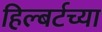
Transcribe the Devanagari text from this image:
हिल्बर्टच्या